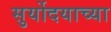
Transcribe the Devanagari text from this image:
सुर्योदयाच्या